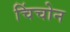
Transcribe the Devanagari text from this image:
चिंचोन